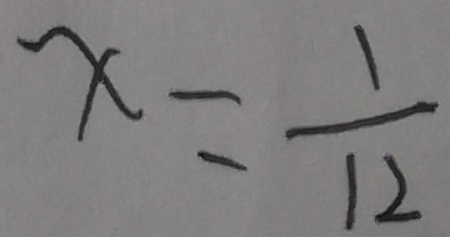
x = \frac { 1 } { 1 2 }